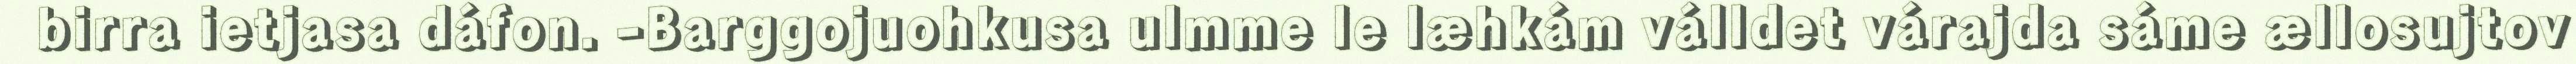
birra ietjasa dáfon. -Barggojuohkusa ulmme le læhkám válldet várajda sáme ællosujtov